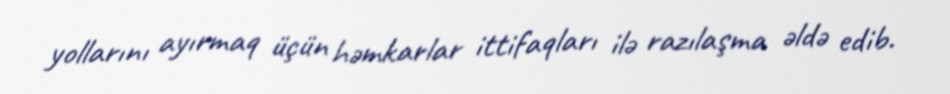
yollarını ayırmaq üçün həmkarlar ittifaqları ilə razılaşma əldə edib.